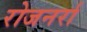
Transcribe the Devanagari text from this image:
रोजनर्रा